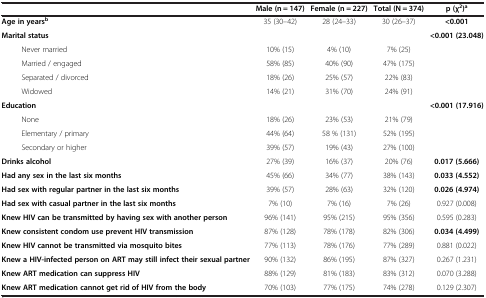
|  | Male (n = 147) | Female (n = 227) | Total (N = 374) | p (χ2)a |
 | --- | --- | --- | --- | --- |
 | Age in yearsb | 35 (30–42) | 28 (24–33) | 30 (26–37) | <0.001 |
 | Marital status |  |  |  | <0.001 (23.048) |
 | Never married | 10% (15) | 4% (10) | 7% (25) |  |
 | Married / engaged | 58% (85) | 40% (90) | 47% (175) |  |
 | Separated / divorced | 18% (26) | 25% (57) | 22% (83) |  |
 | Widowed | 14% (21) | 31% (70) | 24% (91) |  |
 | Education |  |  |  | <0.001 (17.916) |
 | None | 18% (26) | 23% (53) | 21% (79) |  |
 | Elementary / primary | 44% (64) | 58 % (131) | 52% (195) |  |
 | Secondary or higher | 39% (57) | 19% (43) | 27% (100) |  |
 | Drinks alcohol | 27% (39) | 16% (37) | 20% (76) | 0.017 (5.666) |
 | Had any sex in the last six months | 45% (66) | 34% (77) | 38% (143) | 0.033 (4.552) |
 | Had sex with regular partner in the last six months | 39% (57) | 28% (63) | 32% (120) | 0.026 (4.974) |
 | Had sex with casual partner in the last six months | 7% (10) | 7% (16) | 7% (26) | 0.927 (0.008) |
 | Knew HIV can be transmitted by having sex with another person | 96% (141) | 95% (215) | 95% (356) | 0.595 (0.283) |
 | Knew consistent condom use prevent HIV transmission | 87% (128) | 78% (178) | 82% (306) | 0.034 (4.499) |
 | Knew HIV cannot be transmitted via mosquito bites | 77% (113) | 78% (176) | 77% (289) | 0.881 (0.022) |
 | Knew a HIV-infected person on ART may still infect their sexual partner | 90% (132) | 86% (195) | 87% (327) | 0.267 (1.231) |
 | Knew ART medication can suppress HIV | 88% (129) | 81% (183) | 83% (312) | 0.070 (3.288) |
 | Knew ART medication cannot get rid of HIV from the body | 70% (103) | 77% (175) | 74% (278) | 0.129 (2.307) |